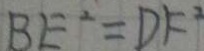
B E ^ { 2 } = D F ^ { 2 }